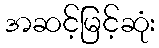
အဆင့်မြင့်ဆုံး